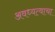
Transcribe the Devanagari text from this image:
अवध्यत्वाचा